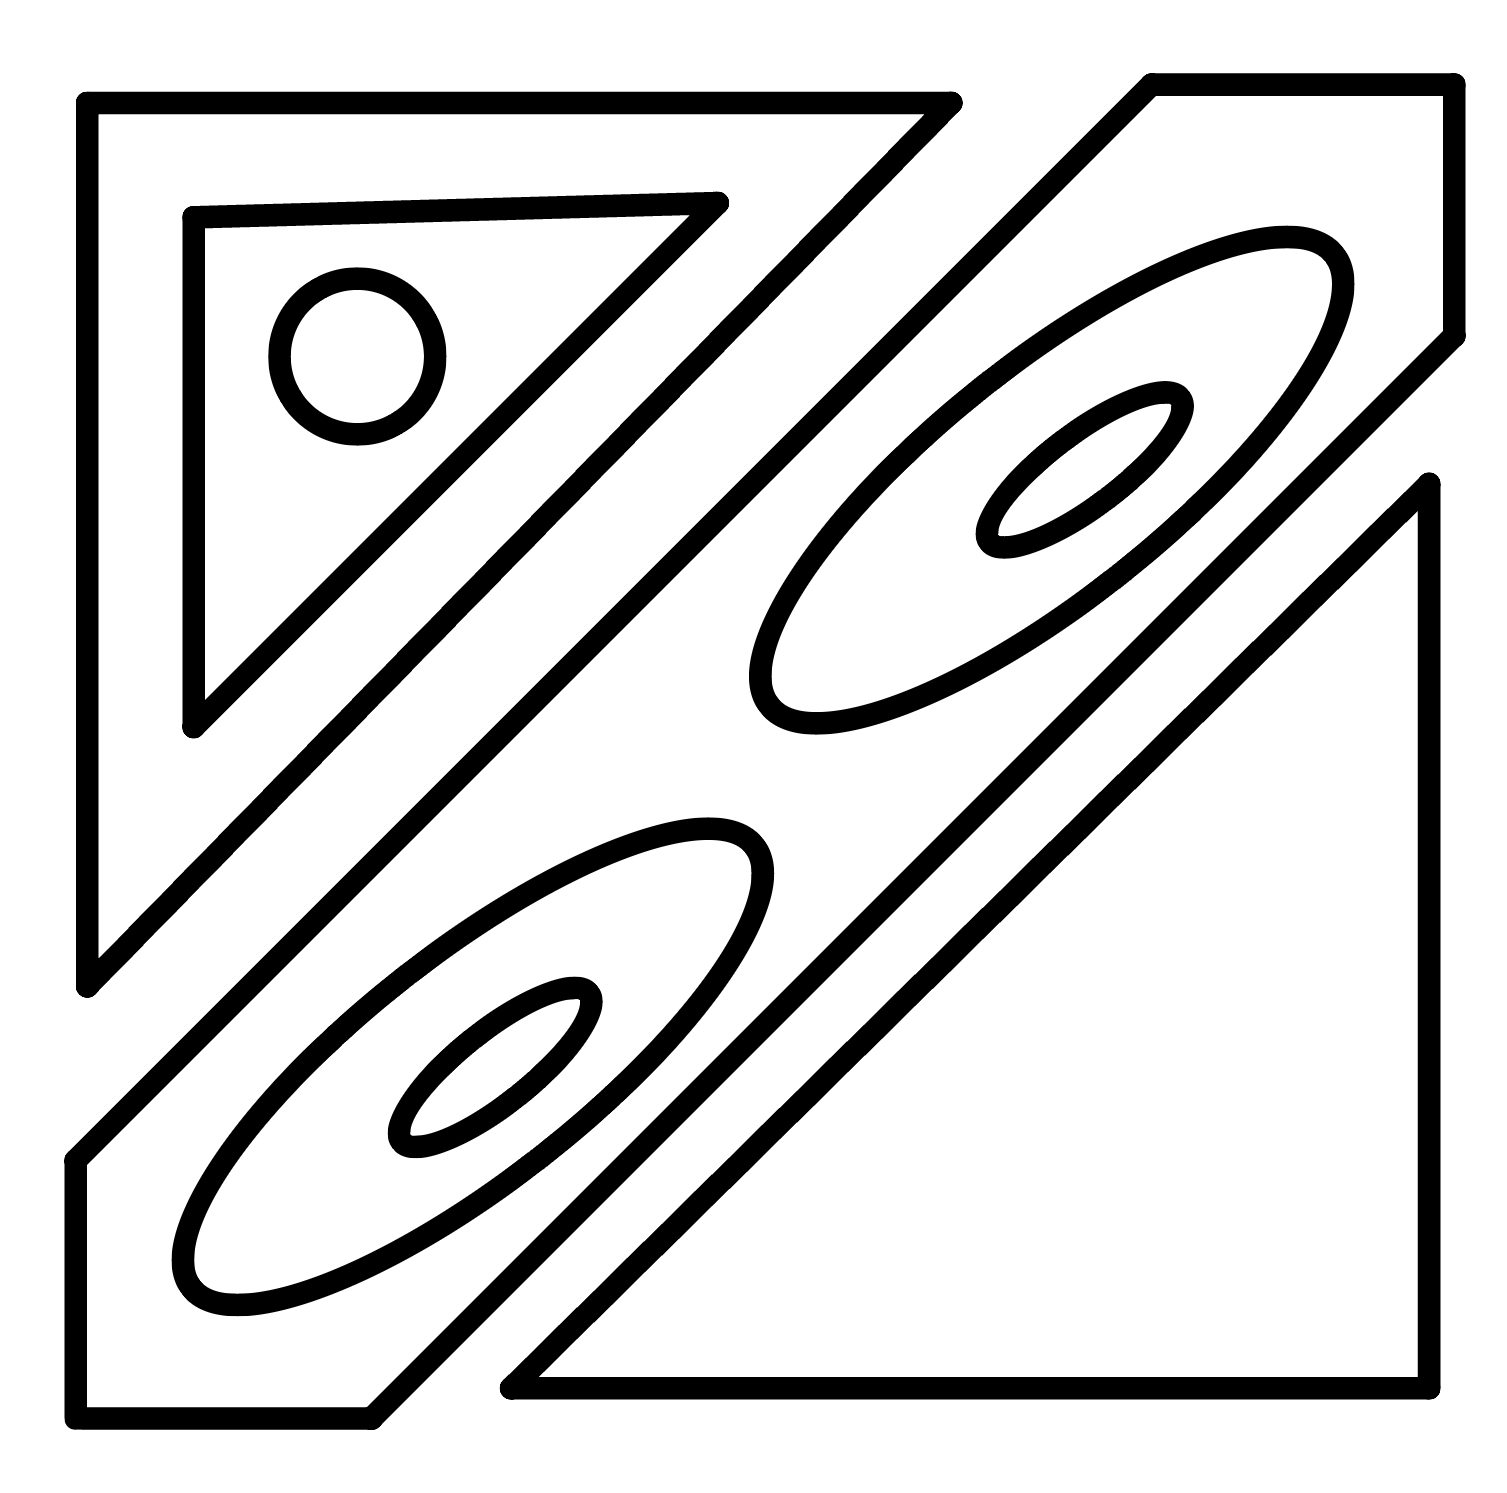
Number of regions (including the outer root region): 10
Containment tree edges (parent, child): 0, 1, 0, 2, 0, 5, 2, 3, 3, 4, 5, 6, 5, 8, 6, 7, 8, 9